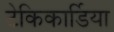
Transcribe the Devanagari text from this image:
टेकिकार्डिया